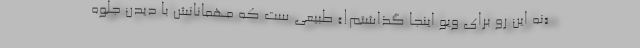
«نه این رو برای ویو اینجا گذاشتم!» طبیعی ست که مهمانانش با دیدن جلوه